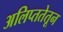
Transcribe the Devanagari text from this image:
अलिप्ततेतून